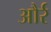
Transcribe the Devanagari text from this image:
और्र